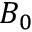
B _ { 0 }